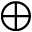
\oplus